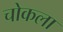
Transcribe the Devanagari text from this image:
चोकला